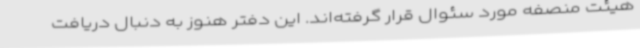
هیئت منصفه مورد سئوال قرار گرفته‌اند. این دفتر هنوز به دنبال دریافت